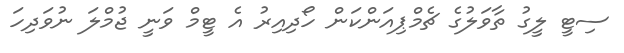
ސިޓީ ލީގު ތާވަލުގެ ޗެމްޕިއަންކަން ހޯދިއިރު އެ ޓީމް ވަނީ ޖުމްލަ ނުވަދިހަ